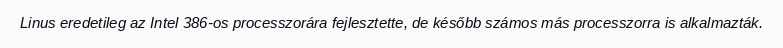
Linus eredetileg az Intel 386-os processzorára fejlesztette, de később számos más processzorra is alkalmazták.